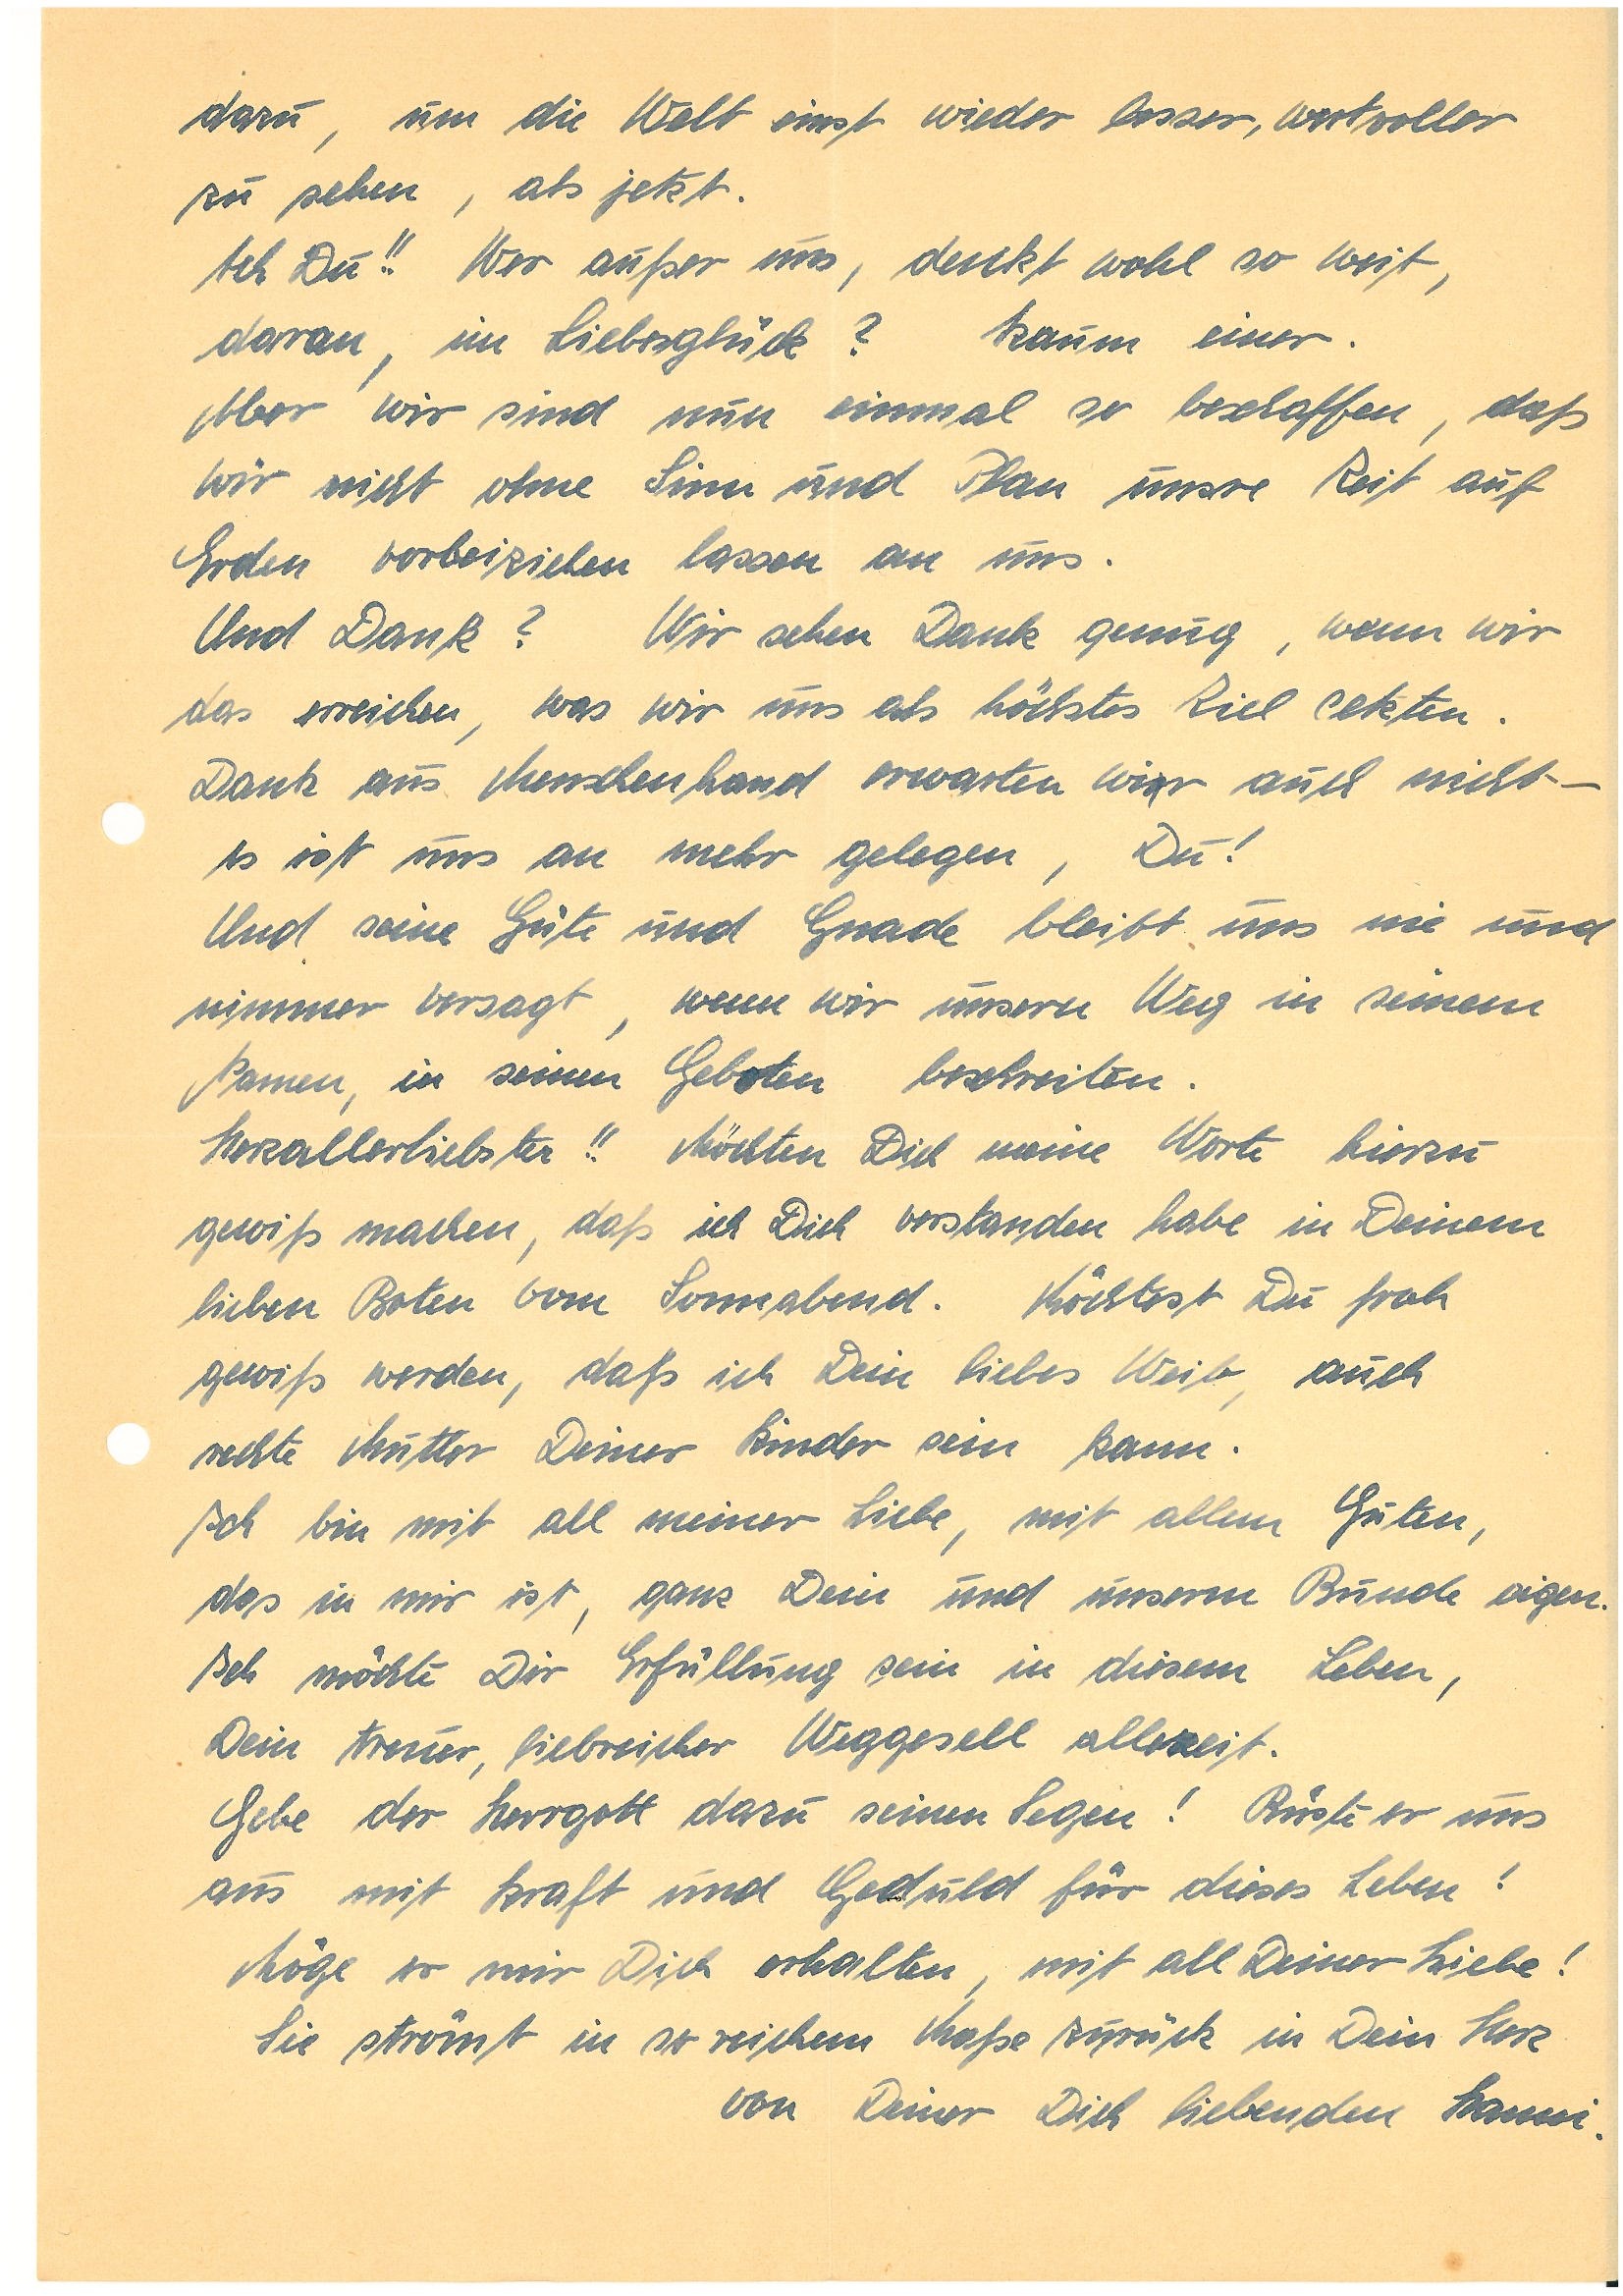
dazu, um die Welt einst wieder besser, wertvoller
zu sehen als jetzt.
Ach Du!! Wer außer uns,  denkt wohl so weit,
daran, im Liebesglück? Kaum einer.
Aber wir sind nun einmal so beschaffen, daß
wir nicht ohne Sinn und Plan unsre Zeit auf
Erden vorbeiziehen lassen an uns.
Und Dank? Wir sehen Dank genug, wenn wir
das erreichen, was wir uns als höchstes Ziel setzten.
Dank aus Menschenhand erwarten wier auch nicht –
es ist uns an mehr gelegen, Du!
Und seine Güte und Gnade bleibt uns nie und
nimmer versagt, wenn wir unsern Weg in seinem
Namen, in seinen Geboten beschreiten.
Herzallerliebster!! Möchten Dich meine Worte hierzu
gewiss machen, daß ich dich verstanden habe in Deinem
lieben Boten vom Sonnabend. Möchtest Du froh
gewiss werden, daß ich Dein liebes Weib, auch
rechte Mutter Deiner Kinder sein kann.
Ich bin mit all meiner Liebe, mit allem Guten,
das in mir ist, ganz Dein und unserm Bunde eigen.
Ich möchte Dir Erfüllung sein in diesem Leben,
Dein treuer, liebreicher Weggesell allezeit.
Gebe der Herrgott dazu seinen Segen! Rüste er uns
aus mit Kraft und Geduld für dieses Leben!
Möge er mir Dich erhalten, mit all Deiner Liebe!
Sie strömt in so reichem Maße zurück in Dein Herz
von Deiner Dich liebenden .